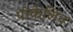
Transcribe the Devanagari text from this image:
पोकेलिन